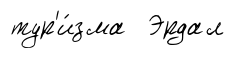
тур'и́зма Эрдал